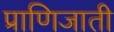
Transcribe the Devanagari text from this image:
प्राणिजाती